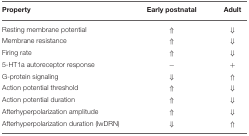
<table><thead><tr><td><b>Property</b></td><td><b>Early postnatal</b></td><td><b>Adult</b></td></tr></thead><tbody><tr><td>Resting membrane potential</td><td>⇑</td><td>⇓</td></tr><tr><td>Membrane resistance</td><td>⇑</td><td>⇓</td></tr><tr><td>Firing rate</td><td>⇑</td><td>⇓</td></tr><tr><td>5-HT1a autoreceptor response</td><td>−</td><td>+</td></tr><tr><td>G-protein signaling</td><td>⇓</td><td>⇑</td></tr><tr><td>Action potential threshold</td><td>⇑</td><td>⇓</td></tr><tr><td>Action potential duration</td><td>⇑</td><td>⇓</td></tr><tr><td>Afterhyperpolarization amplitude</td><td>⇑</td><td>⇓</td></tr><tr><td>Afterhyperpolarization duration (lwDRN)</td><td>⇓</td><td>⇑</td></tr></tbody></table>